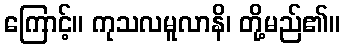
ကြောင့်။ ကုသလမူလာနိ၊ တို့မည်၏။